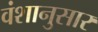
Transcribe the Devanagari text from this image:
वंशानुसार